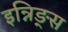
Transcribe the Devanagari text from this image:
इन्निङ्स